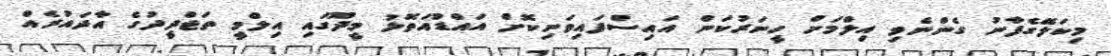
މިކަލޭގެފާނު ގެންނެވި އިލްމަށް ހީނަރުކަން އައިސްފައިވަނިކޮށް އައްޑުއަތޮޅު މީދޫގައި އިލްމީ ތަޖްދީދުގެ އާދައުރެއް